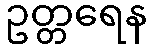
ဥတ္တရေန